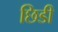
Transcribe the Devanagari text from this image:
छिडी